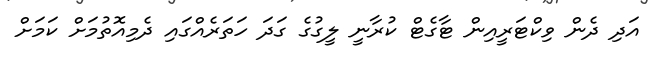
އަދި ދެން ވިކްޓަރީއިން ޓާގެޓް ކުރާނީ ލީގުގެ ގަދަ ހަތަރެއްގައި ދެމިއޮތުމަށް ކަމަށް